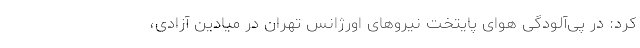
کرد: در پی‌آلودگی هوای پایتخت نیروهای اورژانس تهران در میادین آزادی،